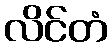
လိင်တံ